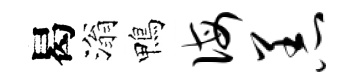
曷滃鴨诲恙